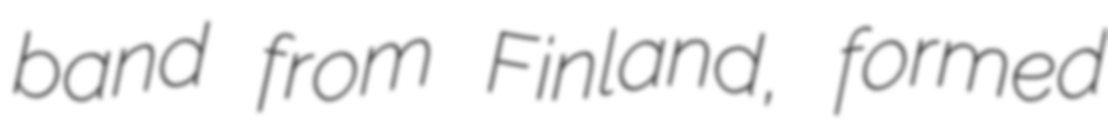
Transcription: band from Finland, formed